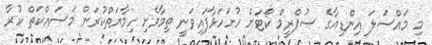
މި މައްސަލަ އިންޑިއާގެ ސުޕްރީމް ކޯޓަށް ހުށަހަޅާފައިވަނީ ތިމާވެށި ހިމާޔަތްކުރަން މަސައްކަތް ކުރާ